Epidemic dropsy in Calcutta - Number 49
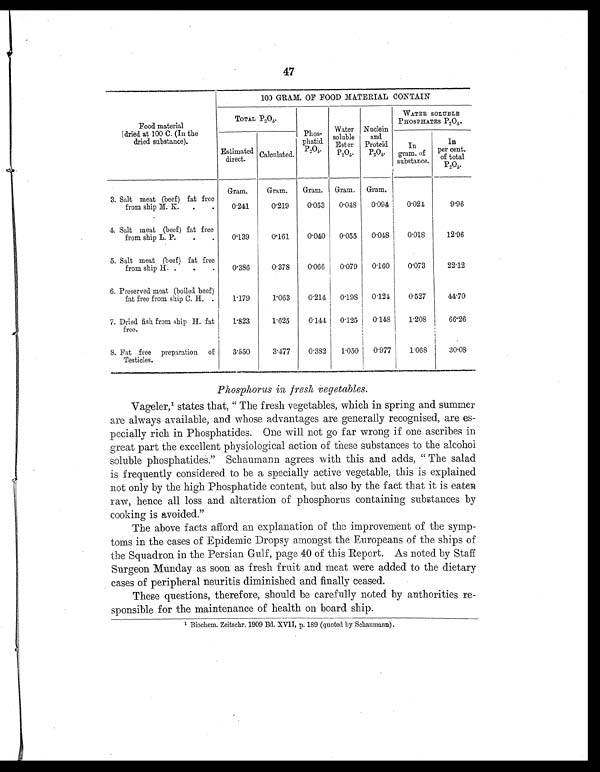
47
F Food material
(dried at 100 C. (In the
dried substance).
100 GRAM. OF FOOD MATERIAL CONTAIN
TOTAL P2O5 .
Phos- ,,
Phatid
P2O5.
Water
soluble
Ester
P2O5.
Nuclein
and P r o t e i d
P2 O 5.
WATER SOLUBLE
PHOSPHATES P2O5.
Estimated
direct.
Calculated.
In
gram. of
substance.
In
p e r c e n t . o f t o t a l .
P 2 O 5 .
2v5.
Gram.
Gram.
Gram. Gram. Gram.
3. Salt meat (beef) fat free
from ship M. K.
.
.
0.241
0.219
0.053
0.048
0.094
0.024
9.96
4. Salt meat (beef) fat free
from ship L. P.
.
.
0.139
0.161
0.040
0.. 0 5 5
0..0 4 8
0.018
12.96
5. Salt meat (beef) fat free
from ship H. .
.
.
0.386
0.378
0.066
0 .079
0.160
0..073
22.12
6. Preserved meat (boiled beef)
fat free from ship C. H. .
1.179
1.063
0.214
0..1 9 8
0.124
0. 527
44.70
7. Dried fish from ship H. fat
free.
1.823
1.625
0.144
0.125
0.148
1.208
66.26
8. Fat free preparation of
Testicles.
3.550
3.477
0.382
1.. 0 5 0
0.. 9 7 7
1.068
30.08
Phosphorus in fresh vegetables.
Vageler,1 states that, " The fresh vegetables, which in spring and summer
are always available, and whose advantages are generally recognised, are es
-pecially rich in Phosphatides. One will not go far wrong if one ascribes in
great part the excellent physiological action of these substances to the alcohol
soluble phosphatideS." Schaumann agrees with this and adds, " The salad
is frequently considered to be a specially active vegetable, this is explained
not only by the high Phosphatide content, but also by the fact that it is eaten
raw, hence all loss and alteration of phosphorus containing substances by
cooking is avoided."
The above facts afford an explanation of the improvement of the symp
-toms in the cases of Epidemic Dropsy amongst the Europeans of the ships of
the Squadron in the Persian Gulf, page 40 of this Report. As noted by Staff
Surgeon Munday as soon as fresh fruit and meat were added to the dietary
cases of peripheral neuritis diminished and finally ceased.
These questions, therefore, should be carefully noted by authorities re
-sponsible for the maintenance of health on board ship.
1Biochem. Zeitschr. 1909 Bd. XVII, p. 189 (quoted by Schaumann).